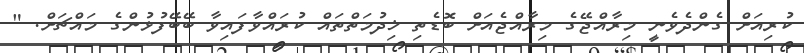
ކުރިއަށް ގެންދެވެނީ މިރާއްޖޭގެ މިރާއްޖެއަށް ބޮޑެތި ޚިދުމަތްތައް ކުރައްވާފައިވާ ބޭބޭފުޅުންގެ މައްޗަށް. "